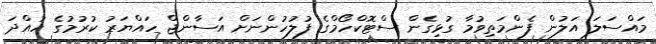
މައްސަލަ އަލުން ފެންމަތިވުމާ ގުޅިގެން ސްޓޮކްހޯމްގެ ފުލުހުންނަށް އަސާންޖް ހައްޔަރު ކުރުމުގެ ހުއްދަ